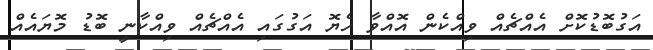
އަގުބޮޑުކޮށް އެއްޗެއް ވިއްކެން އޮއްވާ ހެޔޮ އަގުގައި އެއްޗެއް ވިއްކާނީ ބޮޑު މޮޔައެއް